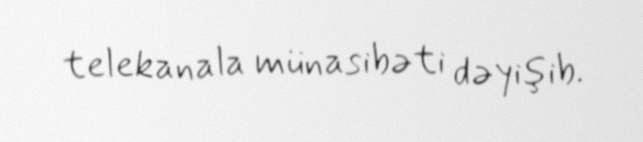
telekanala münasibəti dəyişib.